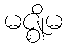
မဇ္ဈိမ